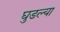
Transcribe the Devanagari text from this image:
घुडल्या